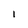
Character: I